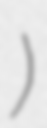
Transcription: Кристи)